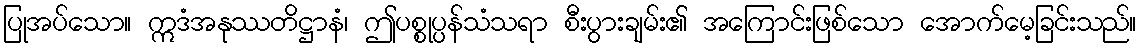
ပြုအပ်သော။ ဣဒံအနုဿတိဋ္ဌာနံ၊ ဤပစ္စုပ္ပန်သံသရာ စီးပွားချမ်း၏ အကြောင်းဖြစ်သော အောက်မေ့ခြင်းသည်။